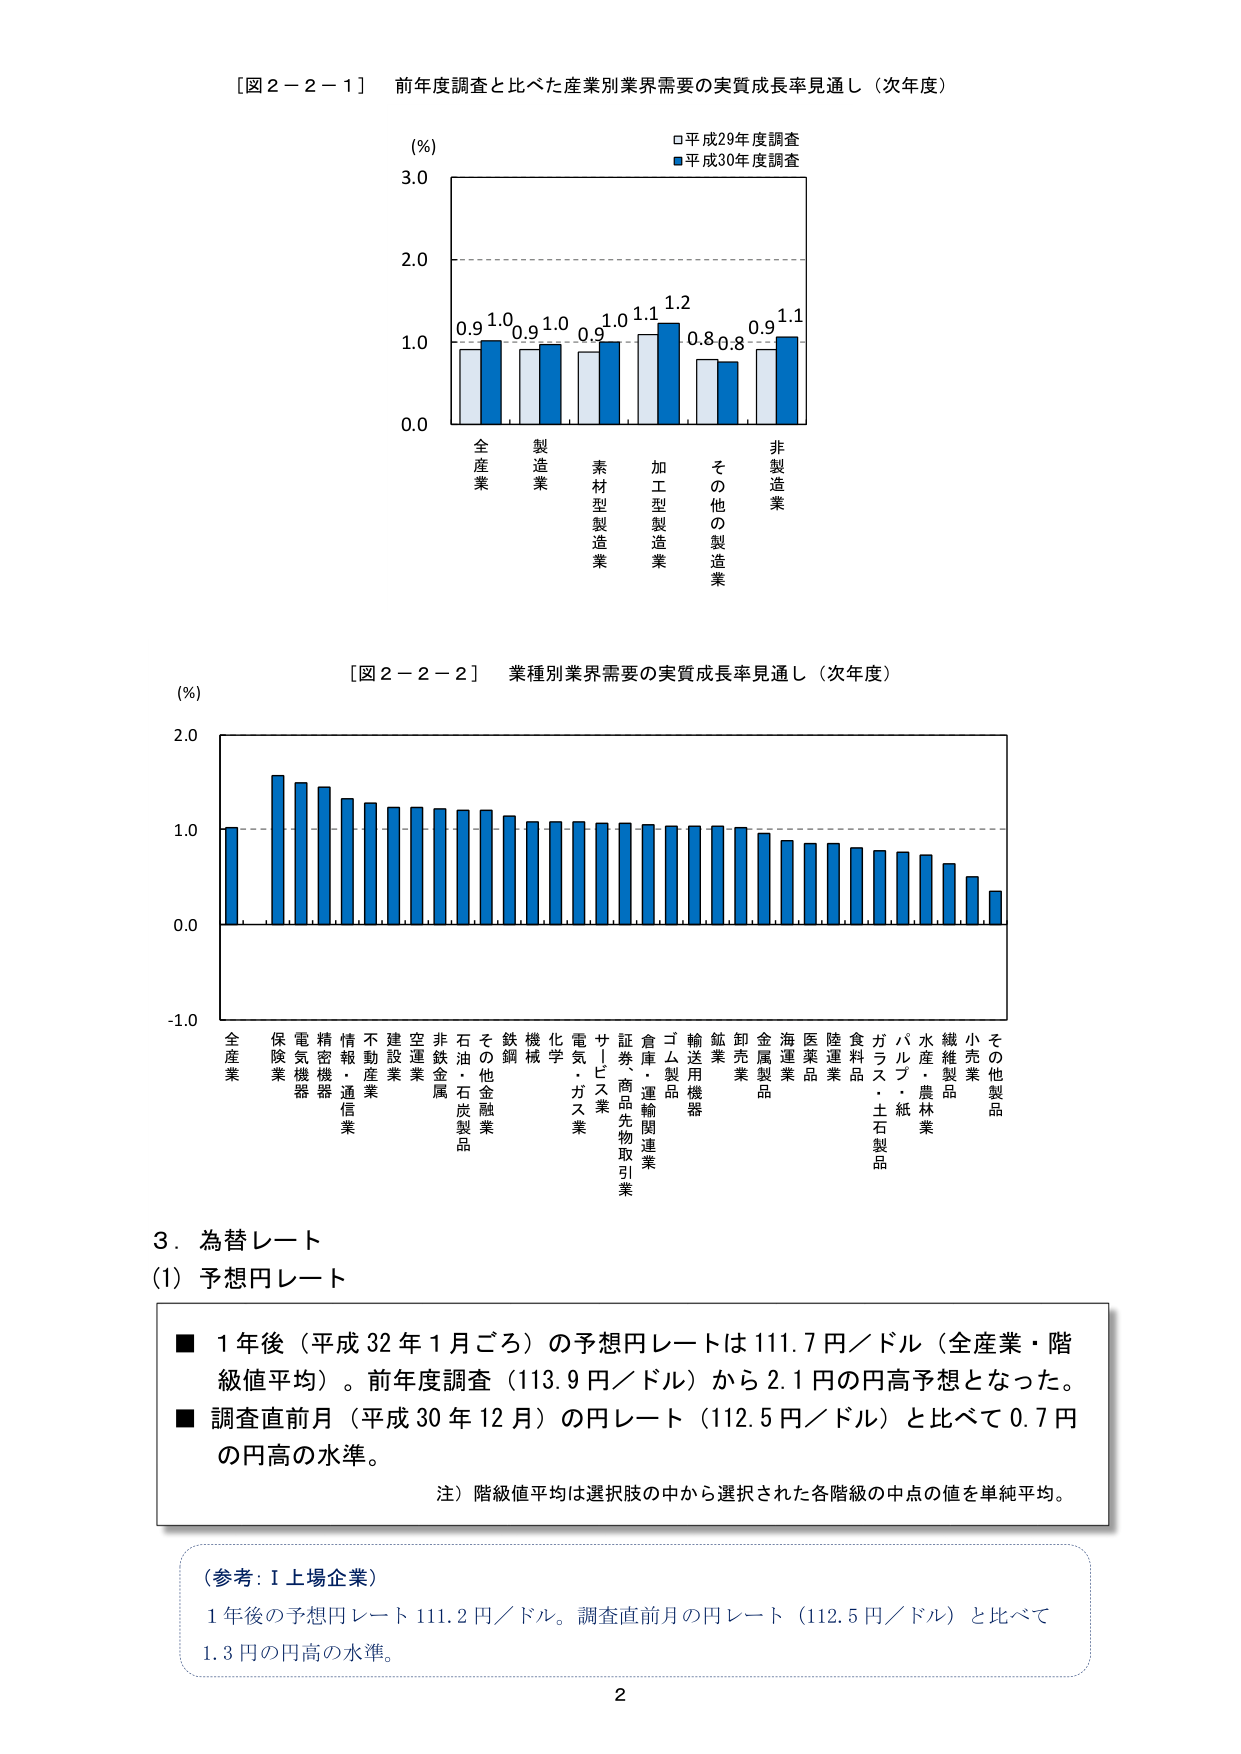
[図２－２－１] 前年度調査と比べた産業別業界需要の実質成長率見通し（次年度）

(%)
□平成29年度調査
■平成30年度調査

3.0
2.0
1.0
0.0

0.9 1.0 0.9 1.0 0.9 1.0 1.1 1.2 0.8 0.8 0.9 1.1

全産業
製造業
素材型製造業
加工型製造業
その他の製造業
非製造業

[図２－２－２] 業種別業界需要の実質成長率見通し（次年度）

(%)
2.0
1.0
0.0
-1.0

全産業
保険業
電気機器
精密機器
情報・通信業
不動産業
建設業
空運業
非鉄金属
石油・石炭製品
その他金融業
鉄鋼
機械
化学
電気・ガス業
サービス業
証券、商品先物取引業
倉庫・運輸関連業
ゴム製品
輸送用機器
鉱業
卸売業
金属製品
海運業
医薬品
陸運業
食料品
ガラス・土石製品
パルプ・紙
水産・農林業
繊維製品
小売業
その他製品

3．為替レート
(1) 予想円レート

■ 1年後（平成32年1月ごろ）の予想円レートは111.7円／ドル（全産業・階級値平均）。前年度調査（113.9円／ドル）から2.1円の円高予想となった。
■ 調査直前月（平成30年12月）の円レート（112.5円／ドル）と比べて0.7円の円高の水準。

注）階級値平均は選択肢の中から選択された各階級の中点の値を単純平均。

（参考：I上場企業）
1年後の予想円レート111.2円／ドル。調査直前月の円レート（112.5円／ドル）と比べて1.3円の円高の水準。

2